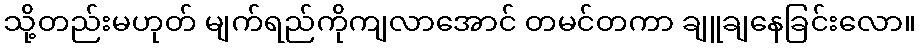
သို့တည်းမဟုတ် မျက်ရည်ကိုကျလာအောင် တမင်တကာ ချူချနေခြင်းလော။